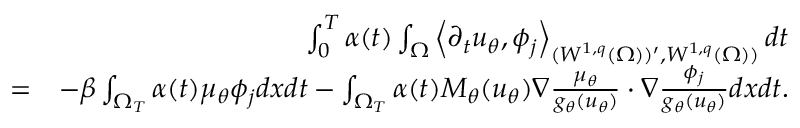
\begin{array} { r l r } & { } & { \int _ { 0 } ^ { T } \alpha ( t ) \int _ { \Omega } \left< \partial _ { t } u _ { \theta } , \phi _ { j } \right> _ { ( W ^ { 1 , q } ( \Omega ) ) ^ { \prime } , W ^ { 1 , q } ( \Omega ) ) } d t } \\ & { = } & { - \beta \int _ { \Omega _ { T } } \alpha ( t ) \mu _ { \theta } \phi _ { j } d x d t - \int _ { \Omega _ { T } } \alpha ( t ) M _ { \theta } ( u _ { \theta } ) \nabla \frac { \mu _ { \theta } } { g _ { \theta } ( u _ { \theta } ) } \cdot \nabla \frac { \phi _ { j } } { g _ { \theta } ( u _ { \theta } ) } d x d t . } \end{array}